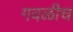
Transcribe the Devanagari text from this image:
गवळीच